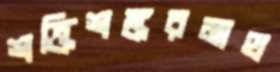
শক্তিশঙ্করমাথ